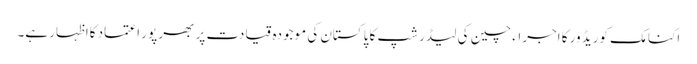
اکنامک کوریڈ ور کا اجراء چین کی لیڈر شپ کا پاکستان کی موجودہ قیادت پر بھر پور اعتماد کااظہار ہے۔